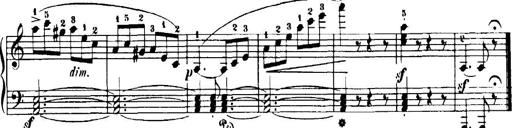
Title: 7 Sonatinas
Composer: Anton Diabelli